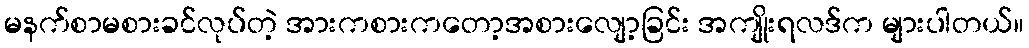
မနက်စာမစားခင်လုပ်တဲ့ အားကစားကတော့အစားလျော့ခြင်း အကျိုးရလဒ်က များပါတယ်။